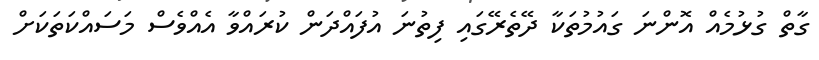
ގާތް ގުޅުމެއް އޮންނަ ގައުމުތަކާ ދޭތެރޭގައި ފިތުނަ އުފައްދަން ކުރައްވާ އެއްވެސް މަސައްކަތަކަށް